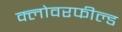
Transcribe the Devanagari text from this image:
क्लोवरफील्ड